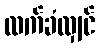
လက်ခံလျှင်